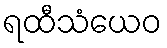
ရထီသံယေဝ